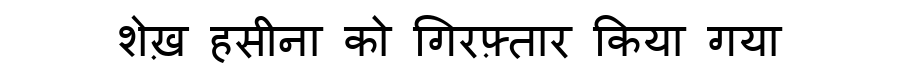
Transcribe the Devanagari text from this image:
शेख़ हसीना को गिरफ़्तार किया गया